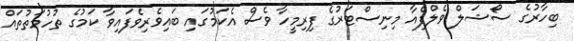
ބިހާރުގެ ސޯޝަލް ވެލްފެއާ މިނިސްޓަރުގެ ފިރިމީހާ ވެސް އެކަމުގައި ބައިވެރިވެފައިވާ ކަމުގެ ތުހުމަތުތައް